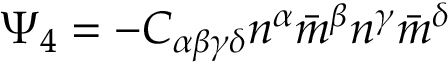
\Psi _ { 4 } = - C _ { \alpha \beta \gamma \delta } n ^ { \alpha } { \bar { m } } ^ { \beta } n ^ { \gamma } { \bar { m } } ^ { \delta }